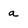
Character: a